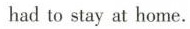
had to stay at home.